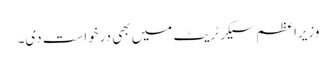
وزیراعظم سیکرٹریٹ میں بھی درخواست دی۔